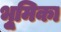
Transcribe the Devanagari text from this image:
भूुमिका